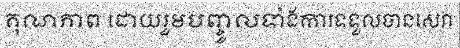
គុណភាព ដោយរួមបញ្ចូលទាំងការទទួលបានសេវា